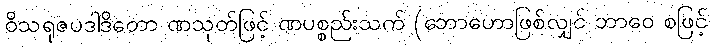
ဝိသရုဇပဒါဒိတော ဏသုတ်ဖြင့် ဏပစ္စည်းသက် (ဘောဟောဖြစ်လျှင် ဘာဝေ စဖြင့်